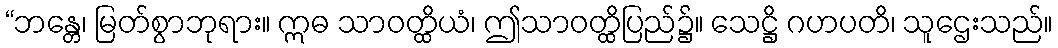
“ဘန္တေ၊ မြတ်စွာဘုရား။ ဣဓ သာဝတ္ထိယံ၊ ဤသာဝတ္ထိပြည်၌။ သေဋ္ဌိ ဂဟပတိ၊ သူဌေးသည်။